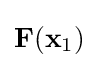
\mathbf {F} (\mathbf {x} _{\text{1}})